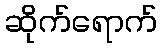
ဆိုက်ရောက်